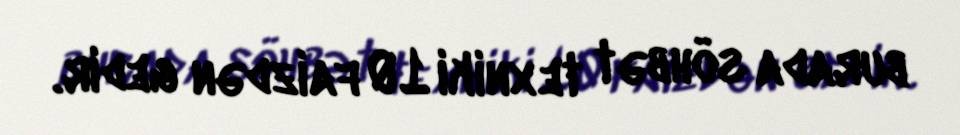
burada söhbət texniki 10 faizdən gedir.